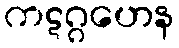
ကဋဂ္ဂဟေန